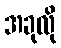
အခုလို